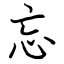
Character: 忘